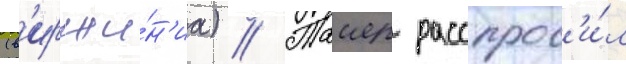
(в'ирджи́н'иа) // Таиер расспрос'и́л